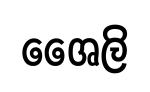
ශෛලි